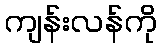
ကျန်းလန်ကို